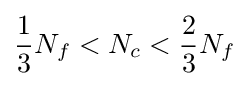
{1 \over 3}N_{f}<N_{c}<{2 \over 3}N_{f}